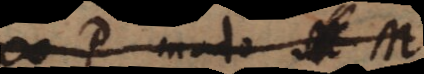
P modo M